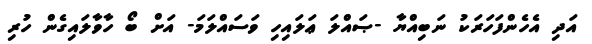
އަދި އެހެންފަހަރަކު ނަބިއްޔާ -ޞައްލަ ޢަލައިހި ވަސައްލަމަ- އަށް ބޯ ހާވާލައިގެން ހުރި